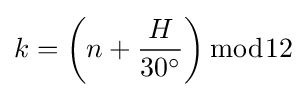
k=\left(n+{\frac {H}{30^{\circ }}}\right){\bmod {1}}2